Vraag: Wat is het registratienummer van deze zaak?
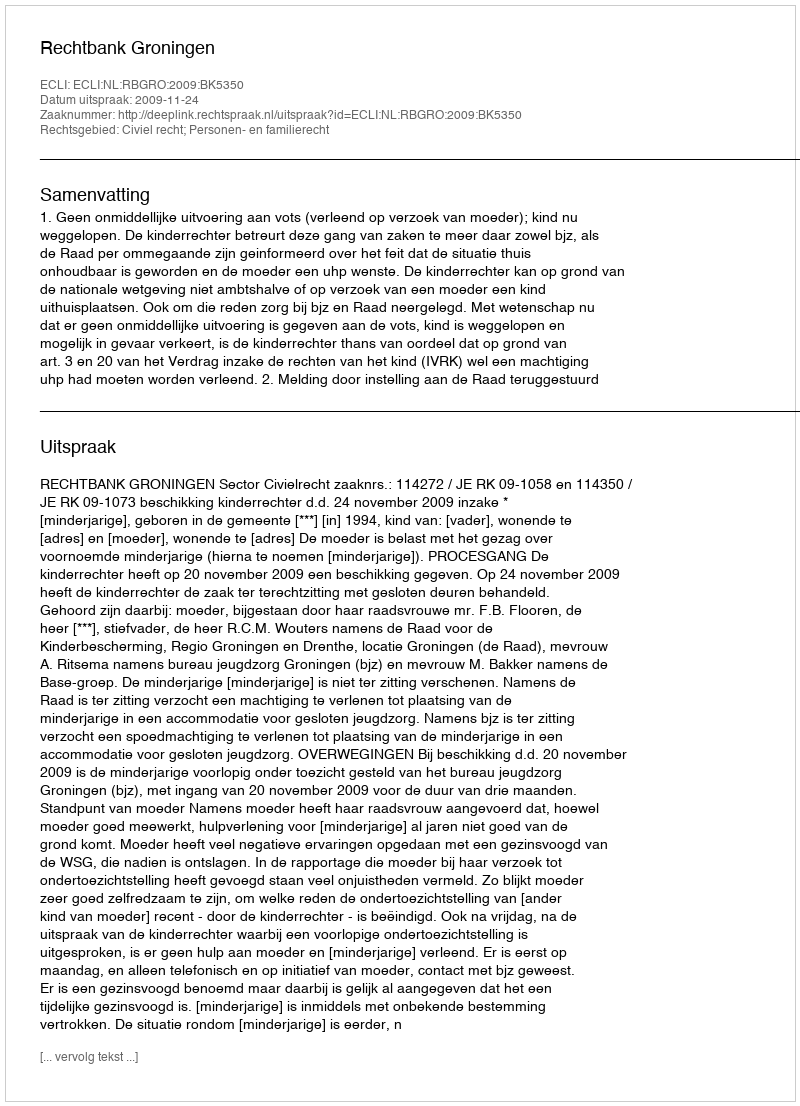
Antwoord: http://deeplink.rechtspraak.nl/uitspraak?id=ECLI:NL:RBGRO:2009:BK5350